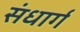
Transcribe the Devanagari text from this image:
संधार्ग